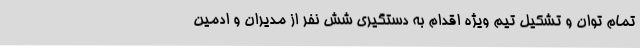
تمام توان و تشکیل تیم ویژه اقدام به دستگیری شش نفر از مدیران و ادمین